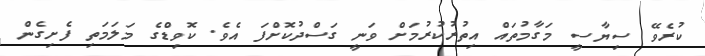
ކުރެވޭ ސިޔާސީ މަގާމުތައް އިތުރުކުރުމަށް ވަނީ ގަސްދުކޮށްފަ އެވެ. ކޮވިޑްގެ މަލަމަތި ފެށިގެން